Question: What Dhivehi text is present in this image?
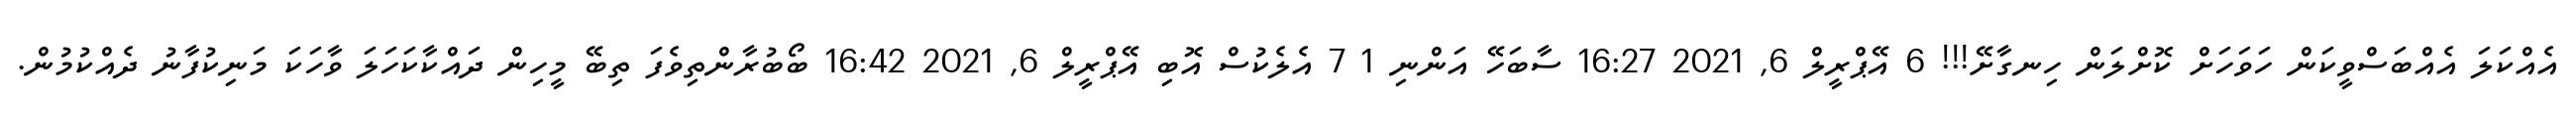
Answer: އެއްކަލަ އެއްބަސްވީކަން ހަވަހަށް ކޮށްލަން ހިނގާށޭ!!! 6 އޭޕްރީލް 6, 2021 16:27 ސާބަހޭ އަންނި 1 7 އެލެކުސް އޮބި އޭޕްރީލް 6, 2021 16:42 ބޯބުރާންތިވެފަ ތިބޭ މީހިން ދައްކާކަހަލަ ވާހަކަ މަނިކުފާނު ދެއްކުމުން.